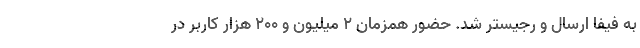
به فیفا ارسال و رجیستر شد. حضور همزمان ٢ میلیون و ۲۰۰ هزار کاربر در